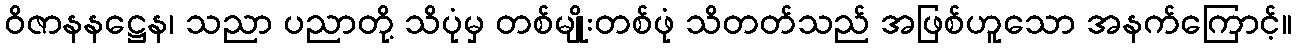
ဝိဇာနနဋ္ဌေန၊ သညာ ပညာတို့ သိပုံမှ တစ်မျိုးတစ်ဖုံ သိတတ်သည် အဖြစ်ဟူသော အနက်ကြောင့်။